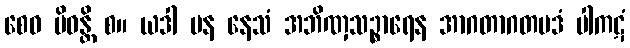
စေဝ ပိဝန္တိ စ။ ယဒါ ပန နေသံ အဘိဏှသဉ္စာရေန အာဂတာဂတပဒံ ပါကဋံ